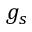
g _ { s }